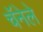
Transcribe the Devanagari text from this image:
चॅनेले